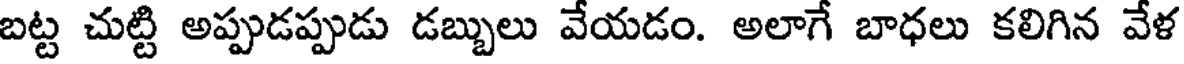
బట్ట చుట్టి అప్పుడప్పుడు డబ్బులు వేయడం. అలాగే బాధలు కలిగిన వేళ